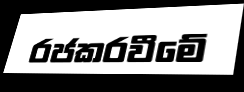
රජකරවීමේ